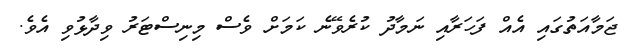
ޖަމާއަތުގައި އެއް ފަހަރާއި ނަމާދު ކުރެވޭނެ ކަމަށް ވެސް މިނިސްޓަރު ވިދާޅުވި އެވެ.